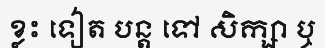
ខ្លះ ទៀត បន្ត ទៅ សិក្សា ឬ